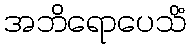
အဘိရောပေသိံ